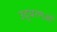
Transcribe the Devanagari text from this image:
उद्धरणओं